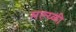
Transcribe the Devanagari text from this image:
मल्य्ळी